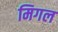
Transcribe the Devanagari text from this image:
मिगल